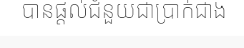
បានផ្តល់ជំនួយជាប្រាក់ជាង